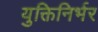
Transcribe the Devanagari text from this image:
युक्तिनिर्भर